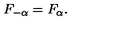
F _ { - \alpha } = F _ { \alpha } .